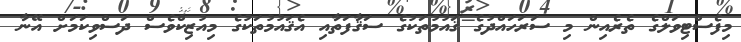
މިފެސްޓިވަލްގެ ތެރެއިން މި ސަރަހައްދުގެ ޤައުމުތަކުގެ ސަޤާފަތާއި އެޤައުމުތަކުގެ މިއުޒިކްވެސް ދަސްވިކަމަށް އޭނާ